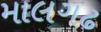
માલગઢ